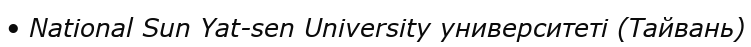
• National Sun Yat-sen University университеті (Тайвань)